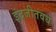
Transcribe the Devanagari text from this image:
इंद्रजीतवध